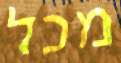
מכל